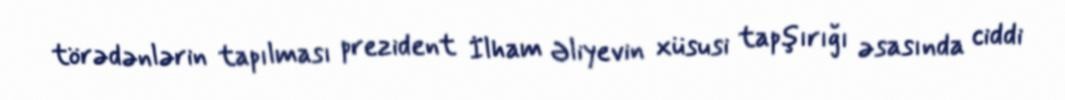
törədənlərin tapılması prezident İlham Əliyevin xüsusi tapşırığı əsasında ciddi